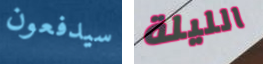
سيدفعون الليلة